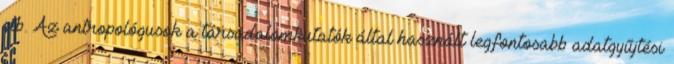
stb. Az antropológusok a társadalomkutatók által használt legfontosabb adatgyűjtési